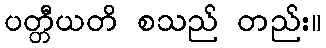
ပတ္တီယတိ စသည် တည်း။